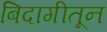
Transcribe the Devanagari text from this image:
बिदागीतून